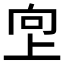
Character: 𫝙